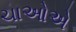
ચાઓએ